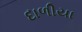
દાળીયા